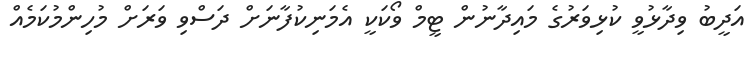
އަދީބު ވިދާޅުވީ ކުޅިވަރުގެ މައިދާނުން ޓީމް ވޯކަކީ އެމަނިކުފާނަށް ދަސްވި ވަރަށް މުހިންމުކަމެއް